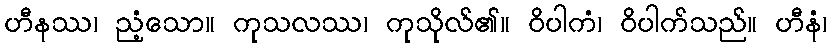
ဟီနဿ၊ ညံ့သော။ ကုသလဿ၊ ကုသိုလ်၏။ ဝိပါကံ၊ ဝိပါက်သည်။ ဟီနံ၊